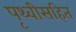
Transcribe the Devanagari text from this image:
पृथ्वीसहित